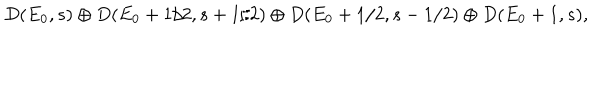
LaTeX: D ( E _ { 0 } , s ) \oplus D ( E _ { 0 } + 1 / 2 , s + 1 / 2 ) \oplus D ( E _ { 0 } + 1 / 2 , s - 1 / 2 ) \oplus D ( E _ { 0 } + 1 , s ) ,